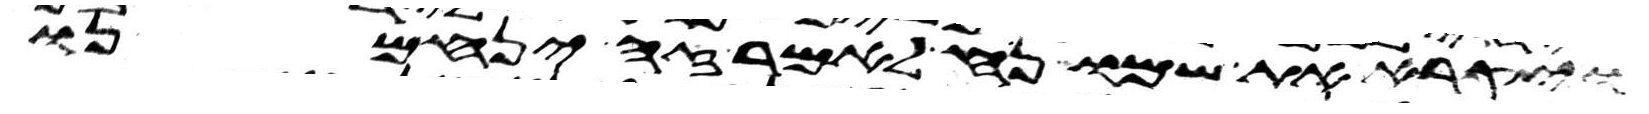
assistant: ויקרא את שמו נח לאמר זה ינחמנו